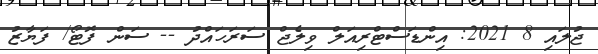
ޖުލައި 8 2021: އިންޑަސްޓްރިއަލް ވިލެޖް ސަރަހައްދު -- ސަން ފޮޓޯ/ ފަޔާޒު